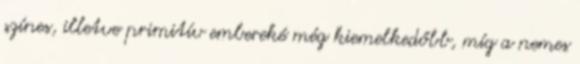
színes, illetve primitív embereké még kiemelkedőbb, míg a nemes